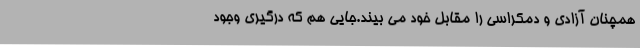
همچنان آزادی و دمکراسی را مقابل خود می بیند.جایی هم که درگیری وجود